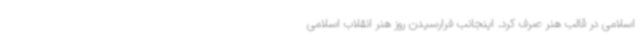
اسلامی در قالب هنر صرف کرد. اینجانب فرارسیدن روز هنر انقلاب اسلامی